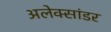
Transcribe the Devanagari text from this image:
अलेक्सांडर